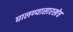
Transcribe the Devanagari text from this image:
घालण्यासारखेच